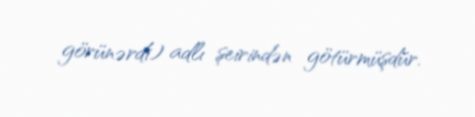
görünərdi) adlı şeirindən götürmüşdür.